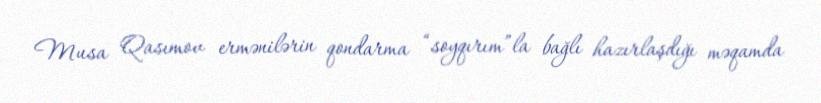
Musa Qasımov ermənilərin qondarma “soyqırım”la bağlı hazırlaşdığı məqamda